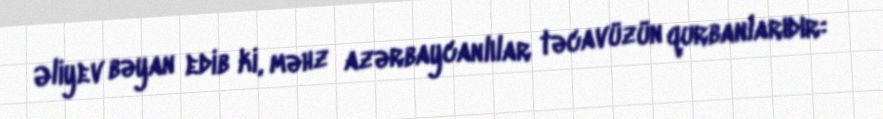
Əliyev bəyan edib ki, məhz azərbaycanlılar təcavüzün qurbanlarıdır: